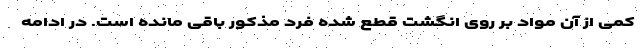
کمی از آن مواد بر روی انگشت قطع شده فرد مذکور باقی مانده است. در ادامه